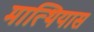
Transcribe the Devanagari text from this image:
मात्थियास